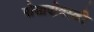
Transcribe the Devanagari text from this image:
पोसादोवस्की